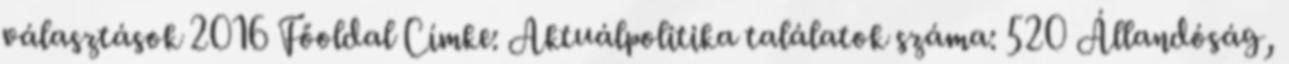
választások 2016 Főoldal Címke: Aktuálpolitika találatok száma: 520 Állandóság,